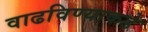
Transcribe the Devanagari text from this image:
वाढविण्याकडे